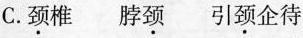
C.颈椎 脖颈 引颈企待